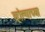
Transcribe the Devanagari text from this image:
व्होल्गाच्या